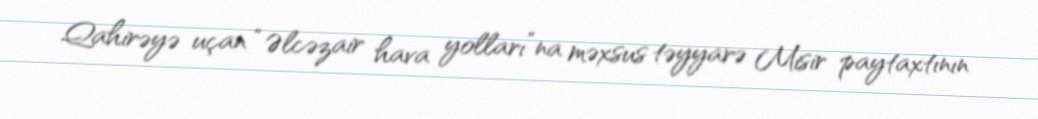
Qahirəyə uçan “Əlcəzair hava yolları”na məxsus təyyarə Misir paytaxtının